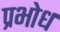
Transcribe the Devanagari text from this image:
प्रभोध